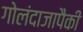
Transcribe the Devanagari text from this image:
गोलंदाजापैकी